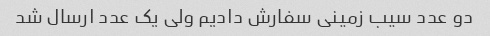
دو عدد سیب زمینی سفارش دادیم ولی یک عدد ارسال شد